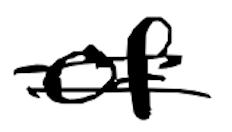
Text: of
Cross-out: double-line
Writing tool: digital_black